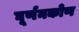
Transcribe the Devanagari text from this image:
घूर्णनकोण